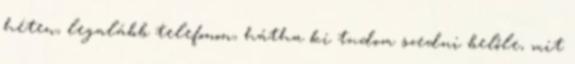
héten, legalább telefonon, hátha ki tudom szedni belőle, mit